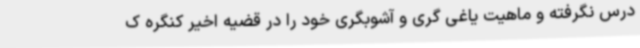
درس نگرفته و ماهیت یاغی گری و آشوبگری خود را در قضیه اخیر کنگره ک